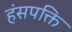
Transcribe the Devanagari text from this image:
हंसपक्ति